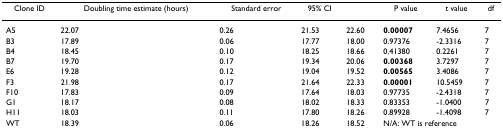
<table><thead><tr><td><b>Clone ID</b></td><td><b>Doubling time estimate (hours)</b></td><td><b>Standard error</b></td><td><b>95% CI</b></td><td></td><td><b>P value</b></td><td><b>t value</b></td><td><b>df</b></td></tr></thead><tbody><tr><td>A5</td><td>22.07</td><td>0.26</td><td>21.53</td><td>22.60</td><td><b>0.00007</b></td><td>7.4656</td><td>7</td></tr><tr><td>B3</td><td>17.89</td><td>0.06</td><td>17.77</td><td>18.00</td><td>0.97376</td><td>-2.3316</td><td>7</td></tr><tr><td>B4</td><td>18.45</td><td>0.10</td><td>18.25</td><td>18.66</td><td>0.41380</td><td>0.2261</td><td>7</td></tr><tr><td>B7</td><td>19.70</td><td>0.17</td><td>19.34</td><td>20.06</td><td><b>0.00368</b></td><td>3.7297</td><td>7</td></tr><tr><td>E6</td><td>19.28</td><td>0.12</td><td>19.04</td><td>19.52</td><td><b>0.00565</b></td><td>3.4086</td><td>7</td></tr><tr><td>F3</td><td>21.98</td><td>0.17</td><td>21.64</td><td>22.33</td><td><b>0.00001</b></td><td>10.5459</td><td>7</td></tr><tr><td>F10</td><td>17.83</td><td>0.09</td><td>17.64</td><td>18.03</td><td>0.97735</td><td>-2.4318</td><td>7</td></tr><tr><td>G1</td><td>18.17</td><td>0.08</td><td>18.02</td><td>18.33</td><td>0.83353</td><td>-1.0400</td><td>7</td></tr><tr><td>H11</td><td>18.03</td><td>0.11</td><td>17.80</td><td>18.26</td><td>0.89928</td><td>-1.4098</td><td>7</td></tr><tr><td>WT</td><td>18.39</td><td>0.06</td><td>18.26</td><td>18.52</td><td colspan="3">N/A: WT is reference</td></tr></tbody></table>